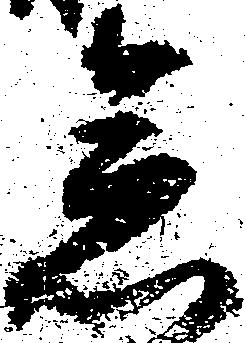
急